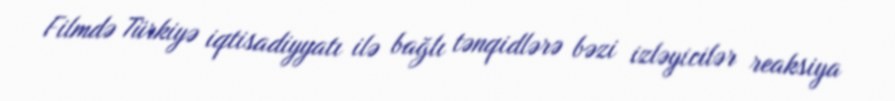
Filmdə Türkiyə iqtisadiyyatı ilə bağlı tənqidlərə bəzi izləyicilər reaksiya